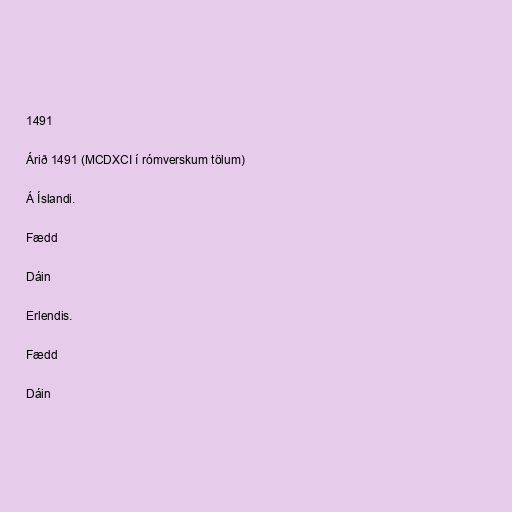
1491

Árið 1491 (MCDXCI í rómverskum tölum)

Á Íslandi.

Fædd

Dáin

Erlendis.

Fædd

Dáin